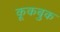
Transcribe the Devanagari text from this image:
कूकबुक